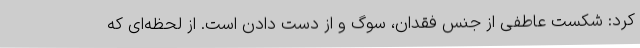
کرد: شکست عاطفی از جنس فقدان، سوگ و از دست دادن است. از لحظه‌ای که